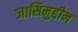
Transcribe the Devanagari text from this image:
जासिमुद्दीन